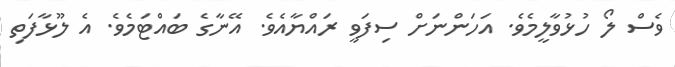
ވެސް ލޯ ހުޅުވާލީމެވެ. އަހަންނަށް ސިފަވީ ރައްޔާއެވެ. އޭނާގެ ބައްޓަމެވެ. އެ ލޫޅާފަތި